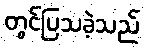
တွင်ပြသခဲ့သည်